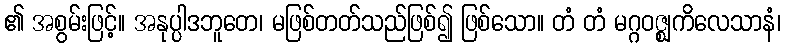
၏ အစွမ်းဖြင့်။ အနုပ္ပါဒဘူတေ၊ မဖြစ်တတ်သည်ဖြစ်၍ ဖြစ်သော။ တံ တံ မဂ္ဂဝဇ္ဈကိလေသာနံ၊